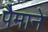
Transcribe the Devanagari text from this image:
पैेमाने